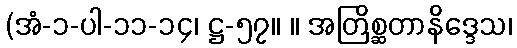
(အံ-၁-ပါ-၁၁-၁၄၊ ဋ္ဌ-၅၇။ ။ အတြိစ္ဆတာနိဒ္ဒေသ၊